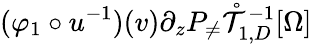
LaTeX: (\varphi_{1}\circ u^{-1})(v)\partial_{z}P_{\neq}\mathring{\mathcal{T}}_{1,D}^{-1}[\Omega]